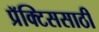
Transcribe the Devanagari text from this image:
प्रॅक्टिससाठी